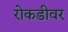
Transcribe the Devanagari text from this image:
रोकडीवर